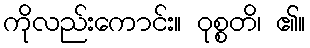
ကိုလည်းကောင်း။ ဝုစ္စတိ၊ ၏။